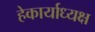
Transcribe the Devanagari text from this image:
हेकार्याध्यक्ष